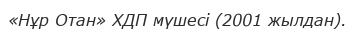
«Нұр Отан» ХДП мүшесі (2001 жылдан).